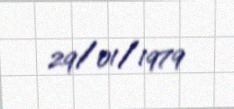
29/01/1979